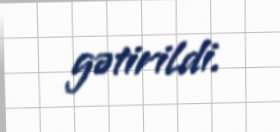
gətirildi.